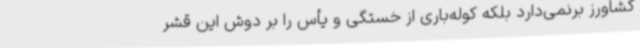
کشاورز برنمی‌دارد بلکه کوله‌باری از خستگی و یأس را بر دوش این قشر